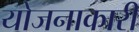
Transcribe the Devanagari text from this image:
योजनाकारी